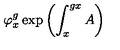
\varphi _ { x } ^ { g } \exp \left( \int _ { x } ^ { g x } A \right)